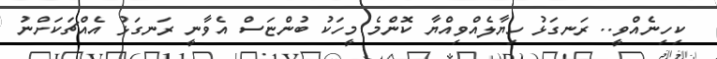
ކިހިނެއްވީ.. ރަނގަޅު ހިޔާލެއްވިއްޔާ ކޮންމެ މީހަކު ބުންޏަސް އެވާނީ ރަނގަޅު އެއްޗަކަށްނު